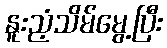
နူးညံ့သိမ်မွေ့ပြီး